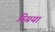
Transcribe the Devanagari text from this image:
स्प्रिया